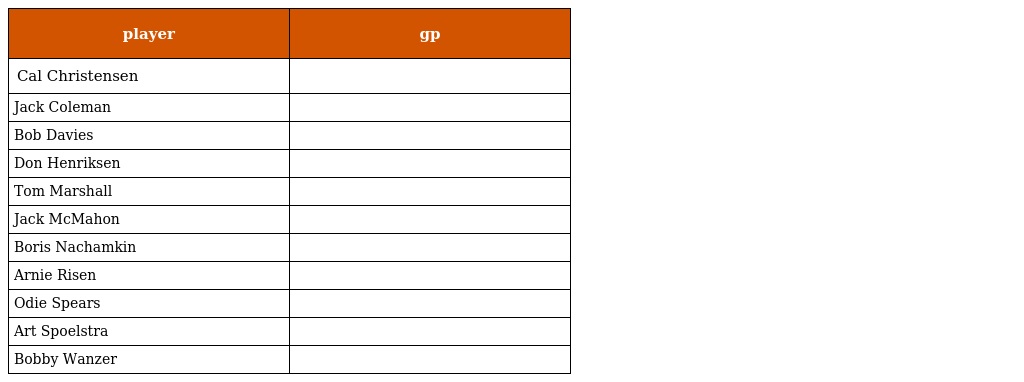
| player | gp |
 | --- | --- |
 | Cal Christensen |  |
 | Jack Coleman |  |
 | Bob Davies |  |
 | Don Henriksen |  |
 | Tom Marshall |  |
 | Jack McMahon |  |
 | Boris Nachamkin |  |
 | Arnie Risen |  |
 | Odie Spears |  |
 | Art Spoelstra |  |
 | Bobby Wanzer |  |